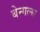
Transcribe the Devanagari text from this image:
बेन्गल्स